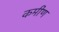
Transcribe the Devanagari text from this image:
कमीण